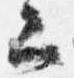
二